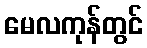
မေလကုန်တွင်